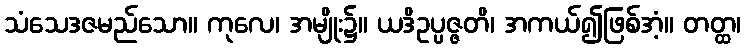
သံသေဒဇမည်သော။ ကုလေ၊ အမျိုး၌။ ယဒိဥပ္ပဇ္ဇတိ၊ အကယ်၍ဖြစ်အံ့။ တတ္ထ၊